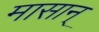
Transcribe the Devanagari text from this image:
मासान्